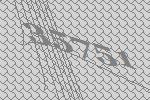
35751